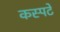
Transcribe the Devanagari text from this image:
कस्पटे